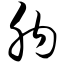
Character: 肭